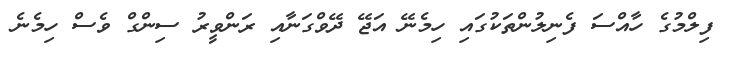
ފިލްމުގެ ހާއްސަ ފެނިލުންތަކުގައި ހިމެނޭ އަޖޭ ދޭވްގަނާއި ރަންވީރު ސިންގް ވެސް ހިމެނެ